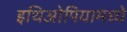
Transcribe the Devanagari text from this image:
इथिओपियामध्ये